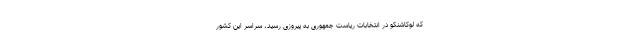
که لوکاشنکو در انتخابات ریاست جمهوری به پیروزی رسید، سراسر این کشور